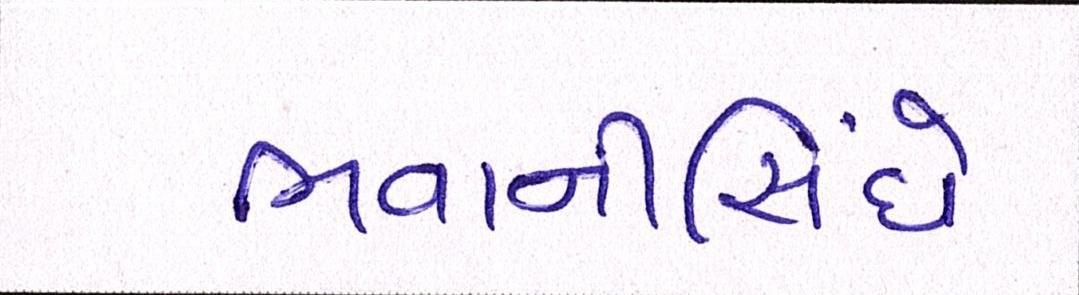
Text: ભવાનીસિંઘે